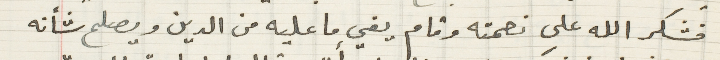
فشكر الله على نعمته وقام يفي ما عليه من الدين ويصلح شأنه